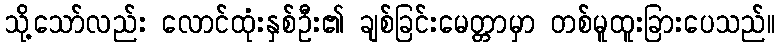
သို့သော်လည်း လောင်ထုံးနှစ်ဦး၏ ချစ်ခြင်းမေတ္တာမှာ တစ်မူထူးခြားပေသည်။